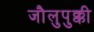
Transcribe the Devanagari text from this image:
जौलुपुक्की